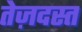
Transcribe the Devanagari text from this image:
तेज़दस्त